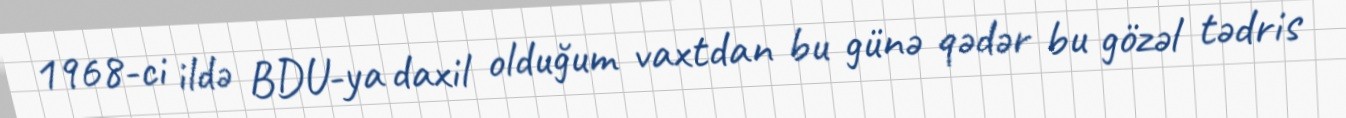
1968-ci ildə BDU-ya daxil olduğum vaxtdan bu günə qədər bu gözəl tədris